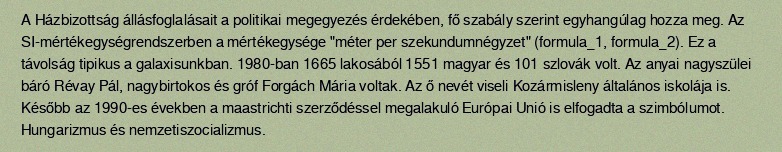
A Házbizottság állásfoglalásait a politikai megegyezés érdekében, fő szabály szerint egyhangúlag hozza meg. Az SI-mértékegységrendszerben a mértékegysége "méter per szekundumnégyzet" (formula_1, formula_2). Ez a távolság tipikus a galaxisunkban. 1980-ban 1665 lakosából 1551 magyar és 101 szlovák volt. Az anyai nagyszülei báró Révay Pál, nagybirtokos és gróf Forgách Mária voltak. Az ő nevét viseli Kozármisleny általános iskolája is. Később az 1990-es években a maastrichti szerződéssel megalakuló Európai Unió is elfogadta a szimbólumot. Hungarizmus és nemzetiszocializmus.